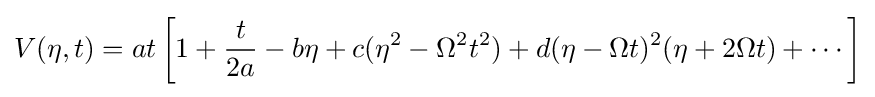
V(\eta ,t)=at\left[1+{\frac {t}{2a}}-b\eta +c(\eta ^{2}-\Omega ^{2}t^{2})+d(\eta -\Omega t)^{2}(\eta +2\Omega t)+\cdots \right]